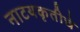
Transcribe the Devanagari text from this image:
नाटयकृतीचे